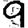
Digit: 9